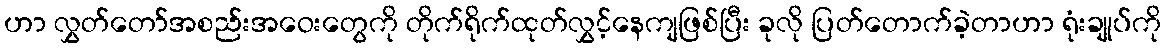
ဟာ လွှတ်တော်အစည်းအဝေးတွေကို တိုက်ရိုက်ထုတ်လွှင့်နေကျဖြစ်ပြီး ခုလို ပြတ်တောက်ခဲ့တာဟာ ရုံးချုပ်ကို